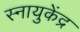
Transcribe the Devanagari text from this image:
स्नायुकेंद्र